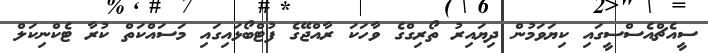
ސީއެޗްއެސްސީގައި ކިޔަވަމުން ދިޔައިރު ތޯރިގްގެ ވާހަކަ ރާއްޖޭގެ ފުޓްބޯޅައިގައި މަސައްކަތް ކުރާ ޓެކްނިކަލް